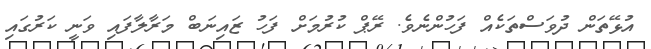
އުޅޭތަން ދުވަސްތަކެއް ފަހުންނެވެ. ރޭޕް ކުރުމަށް ފަހު ޒައިނަބް މަރާލާފައި ވަނީ ކަރުގައި